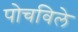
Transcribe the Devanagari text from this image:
पोचविले